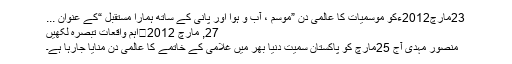
23مارچ2012ءکو موسمیات کا عالمی دن ”موسم ، آب و ہوا اور پانی کے ساتھ ہمارا مستقبل “کے عنوان ...
27, مارچ 2012	اہم واقعات تبصرہ لکھیں
منصور مہدی آج 25مارچ کو پاکستان سمیت دنیا بھر میں غلامی کے خاتمے کا عالمی دن منایا جارہا ہے۔